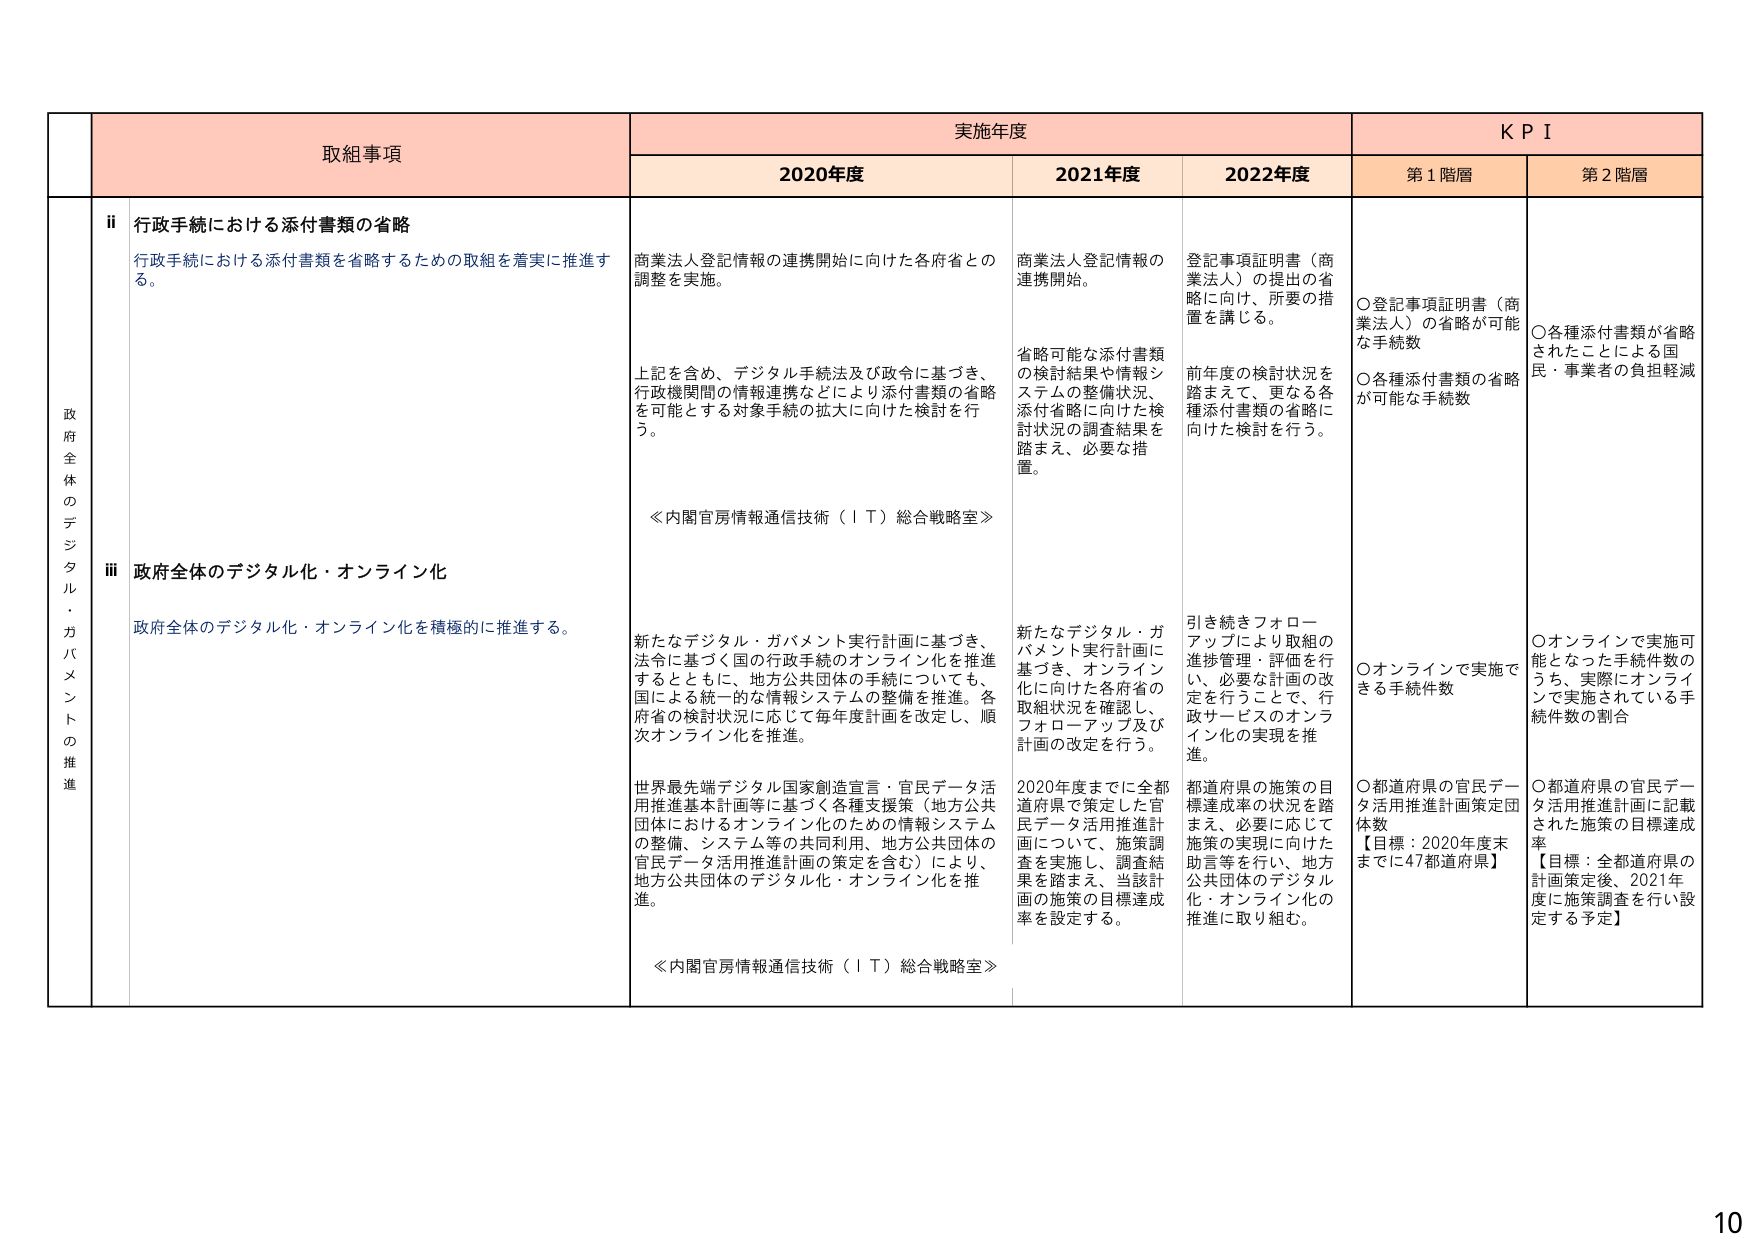
政府全体のデジタル・ガバメントの推進

取組事項

実施年度

KPI

2020年度

2021年度

2022年度

第1階層

第2階層

ii 行政手続における添付書類の省略

行政手続における添付書類を省略するための取組を着実に推進する。

商業法人登記情報の連携開始に向けた各府省との調整を実施。

上記を含め、デジタル手続法及び政令に基づき、行政機関間の情報連携などにより添付書類の省略を可能とする対象手続の拡大に向けた検討を行う。

≪内閣官房情報通信技術（IT）総合戦略室≫

商業法人登記情報の連携開始。

省略可能な添付書類の検討結果や情報システムの整備状況、添付省略に向けた検討状況の調査結果を踏まえ、必要な措置。

登記事項証明書（商業法人）の提出の省略に向け、所要の措置を講じる。

前年度の検討状況を踏まえて、更なる各種添付書類の省略に向けた検討を行う。

○登記事項証明書（商業法人）の省略が可能な手続数

○各種添付書類の省略が可能な手続数

○各種添付書類が省略されたことによる国民・事業者の負担軽減

iii 政府全体のデジタル化・オンライン化

政府全体のデジタル化・オンライン化を積極的に推進する。

新たなデジタル・ガバメント実行計画に基づき、法令に基づく国の行政手続のオンライン化を推進するとともに、地方公共団体の手続についても、国による統一的な情報システムの整備を推進。各府省の検討状況に応じて毎年度計画を改定し、順次オンライン化を推進。

世界最先端デジタル国家創造宣言・官民データ活用推進基本計画等に基づく各種支援策（地方公共団体におけるオンライン化のための情報システムの整備、システム等の共同利用、地方公共団体の官民データ活用推進計画の策定を含む）により、地方公共団体のデジタル化・オンライン化を推進。

≪内閣官房情報通信技術（IT）総合戦略室≫

新たなデジタル・ガバメント実行計画に基づき、オンライン化に向けた各府省の取組状況を確認し、フォローアップ及び計画の改定を行う。

2020年度までに全都道府県で策定した官民データ活用推進計画について、施策調査を実施し、調査結果を踏まえ、当該計画の施策の目標達成率を設定する。

引き続きフォローアップにより取組の進捗管理・評価を行い、必要な計画の改定を行うことで、行政サービスのオンライン化の実現を推進。

都道府県の施策の目標達成率の状況を踏まえ、必要に応じて施策の実現に向けた助言等を行い、地方公共団体のデジタル化・オンライン化の推進に取り組む。

○オンラインで実施できる手続件数

○都道府県の官民データ活用推進計画策定団体数
【目標：2020年度末までに47都道府県】

○オンラインで実施可能となった手続件数のうち、実際にオンラインで実施されている手続件数の割合

○都道府県の官民データ活用推進計画に記載された施策の目標達成率
【目標：全都道府県の計画策定後、2021年度に施策調査を行い設定する予定】

10